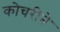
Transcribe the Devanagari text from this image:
कोचरीने